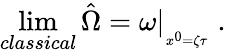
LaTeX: \operatorname*{lim}_{classical}\hat{\Omega}=\left.\omega\right|_{_{x^{0}=\zeta\tau}}\; .